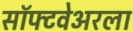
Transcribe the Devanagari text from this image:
सॉफ्टवेअरला